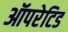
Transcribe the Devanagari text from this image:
ऑपरेटिड